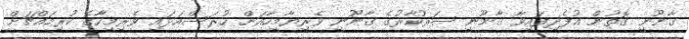
ޤާނޫނީ ގޮތުން އުފެދިފައިވާ ޤާނޫނީ ސަރުކާރުގެ ޤާނޫނީ ވެރިޔާމީހާއަށް ހުރަސްއަޅައި ވެރިމީހާގެ ކުރިމައްޗަށް